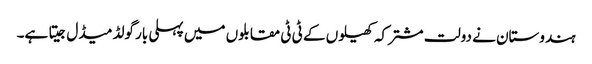
ہندوستان نے دولت مشترکہ کھیلوں کے ٹی ٹی مقابلوں میں پہلی بار گولڈ میڈل جیتا ہے۔